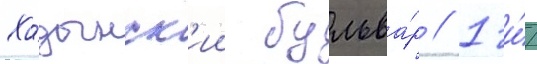
Ходынск'ии бульва́р // 1-и́/